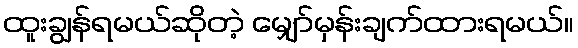
ထူးချွန်ရမယ်ဆိုတဲ့ မျှော်မှန်းချက်ထားရမယ်။